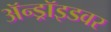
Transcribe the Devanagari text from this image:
ॲन्ड्रॉइडवर